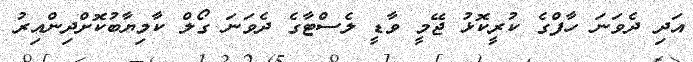
އަދި ދެވަނަ ހާފްގެ ކުރީކޮޅު ޖޭމީ ވާޑީ ލެސްޓާގެ ދެވަނަ ގޯލް ކާމިޔާބުކޮށްދިންއިރު